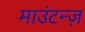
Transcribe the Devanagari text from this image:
माउंटन्ज़